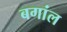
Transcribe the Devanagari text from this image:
बगांल